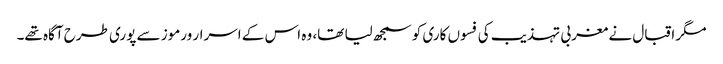
مگر اقبال نے مغربی تہذیب کی فسوں کاری کو سمجھ لیا تھا، وہ اس کے اسرار ورموز سے پوری طرح آگاہ تھے۔